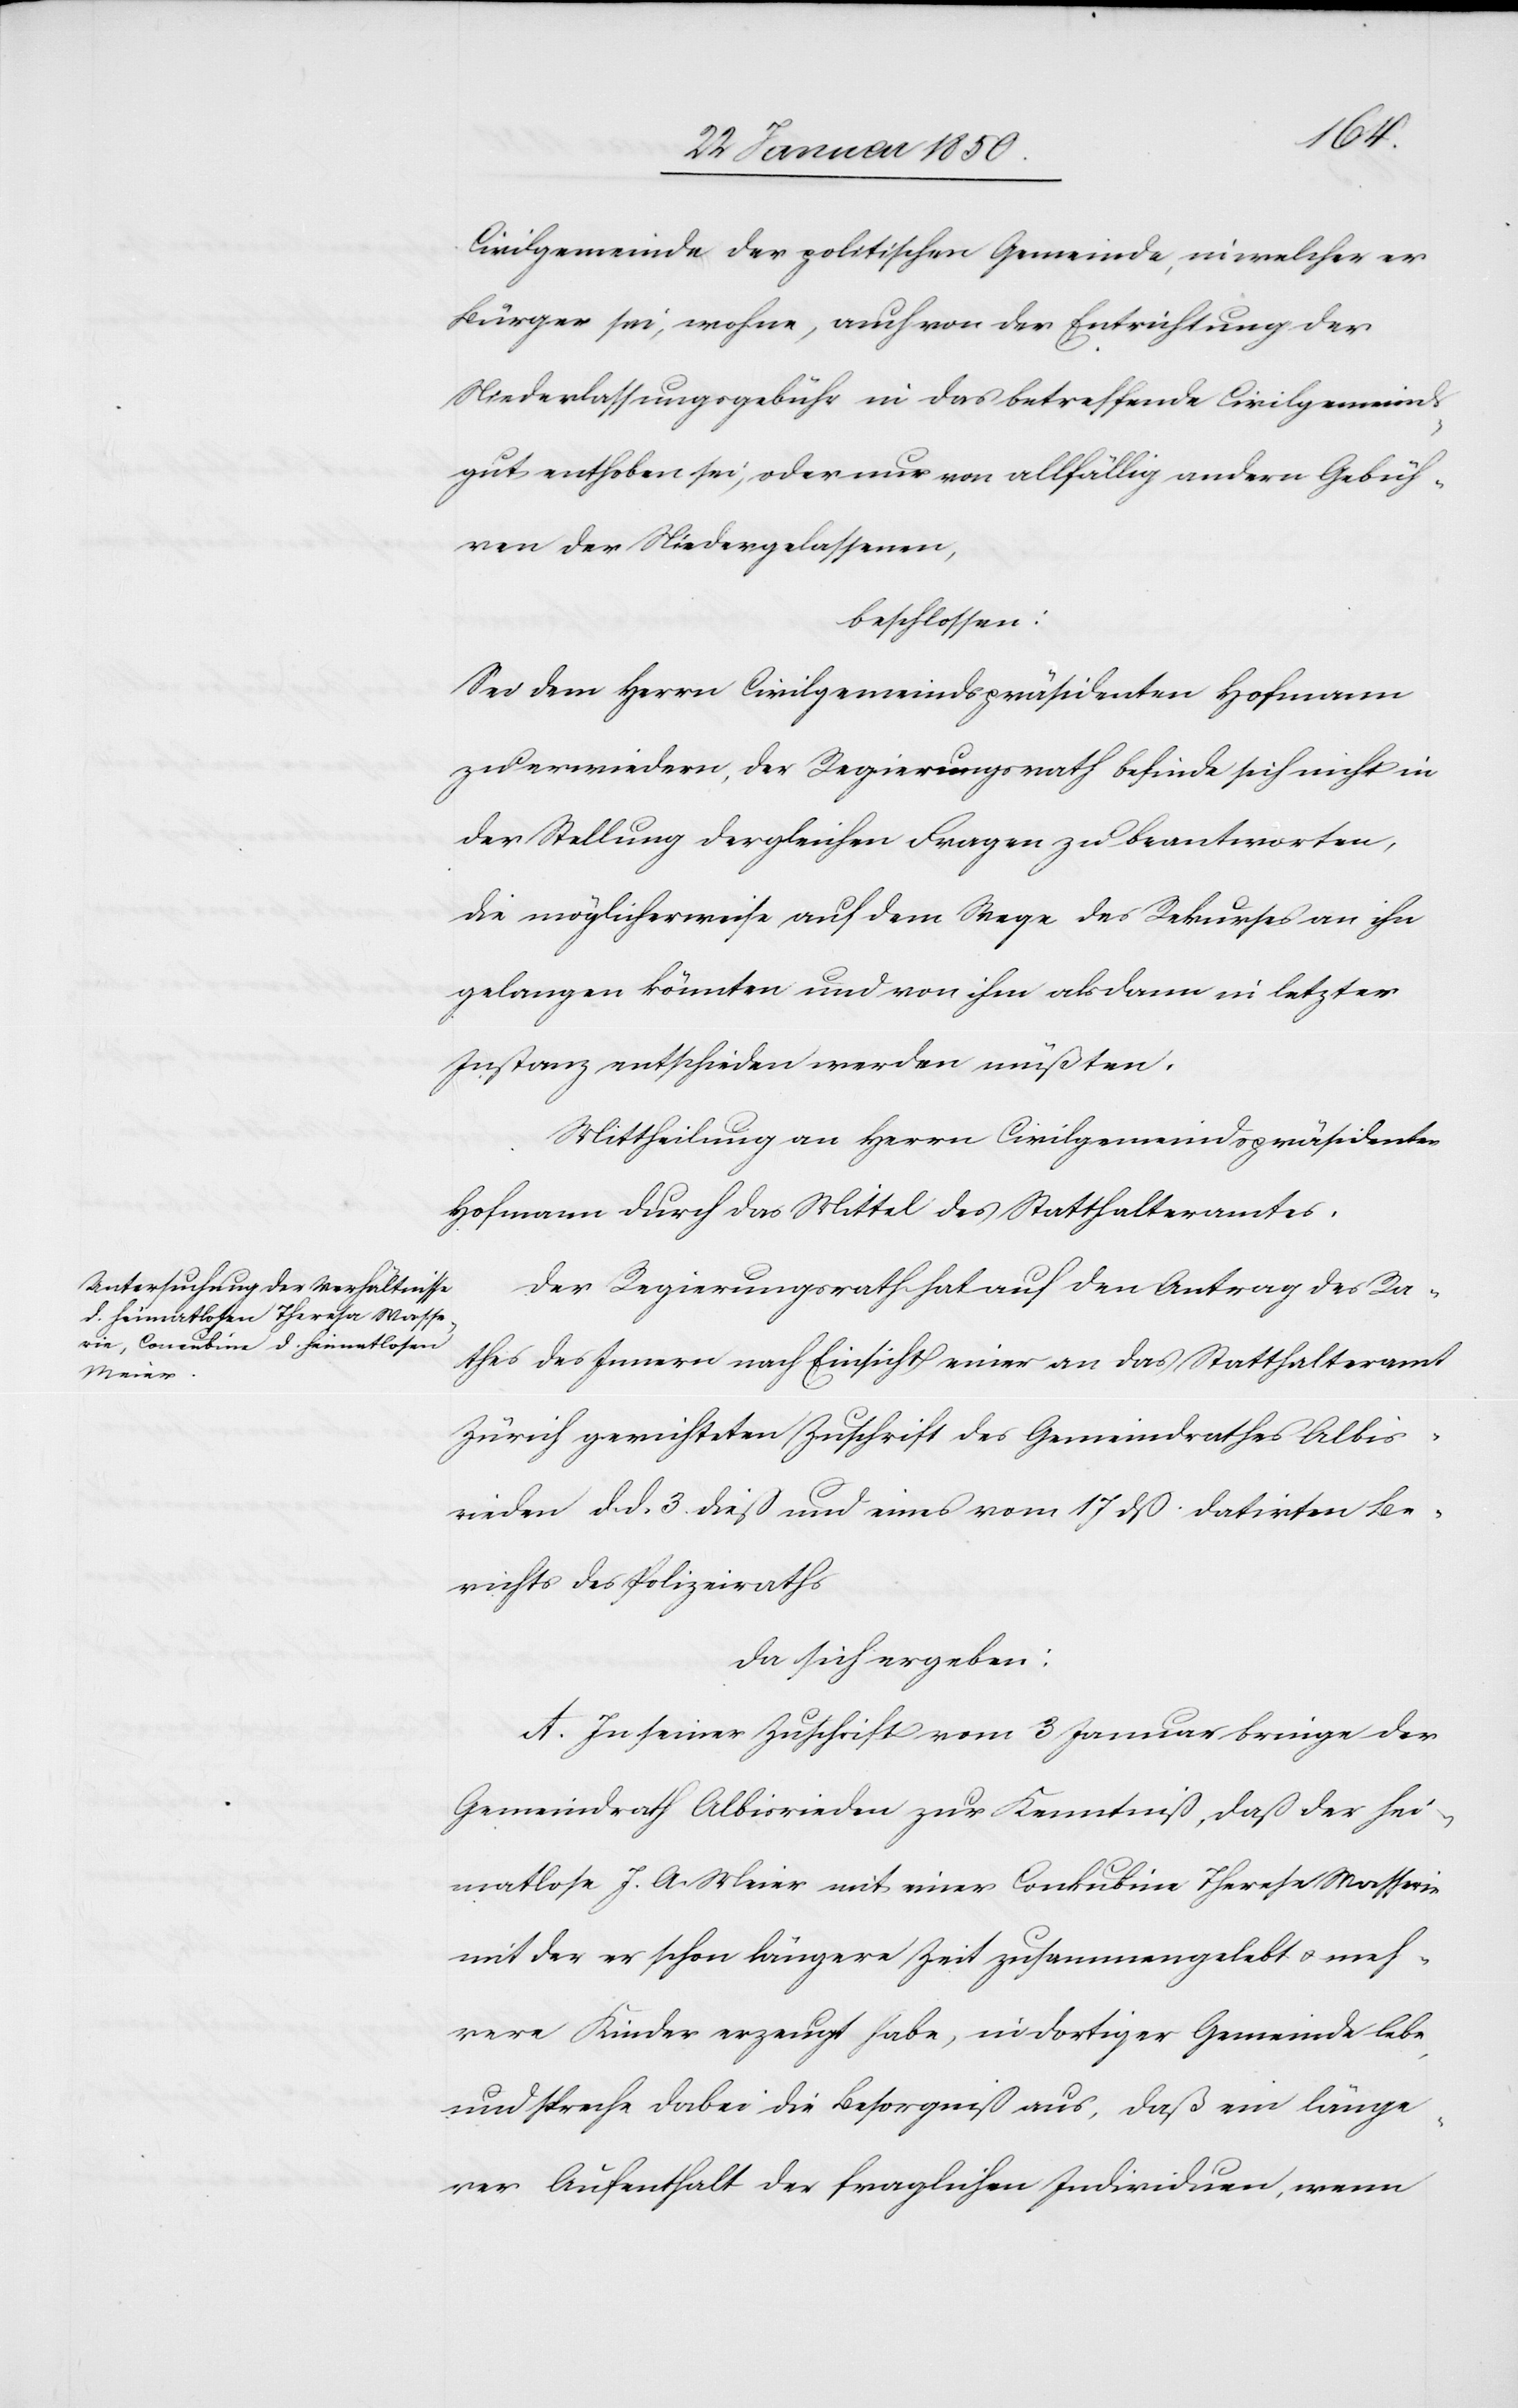
Civilgemeinde der politischen Gemeinde, in welcher er
Bürger sei, wohne, auch von der Entrichtung der
Niederlassungsgebühr in das betreffende Civilgemeinds¬
gut enthoben sei, oder nur von allfällig andern Gebüh¬
ren der Niedergelassenen,
beschlossen:
Sei dem Herrn Civilgemeindspräsidenten Hofmann
zu erwiedern, der Regierungsrath befinde sich nicht in
der Stellung dergleichen Fragen zu beantworten,
die möglicherweise auf dem Wege des Rekurses an ihn
gelangen könnten und von ihm als dann in letzter
Instanz entschieden werden müßten.
Mittheilung an Herrn Civilgemeindspräsidenten
Hofmann durch das Mittel des Statthalteramtes.
Der Regierungsrath hat auf den Antrag des Ra¬
thes des Innern nach Einsicht einer an das Statthalteramt
Zürich gerichteten Zuschrift des Gemeindrathes Albis¬
rieden d. d. 3. dieß und eines vom 17 dß datirten Be¬
richts des Polizeiraths
da sich ergeben:
A. In seiner Zuschrift vom 3 Januar bringe der
Gemeindrath Albisrieden zur Kenntniß, daß der hei¬
matlose J. A. Meier mit einer Conkubine Therese Masserie
mit der er schon längere Zeit zusammengelebt u. meh¬
rere Kinder erzeugt habe, in dortiger Gemeinde lebe
und spreche dabei die Besorgniß aus, daß ein länge¬
rer Aufenthalt der fraglichen Individuen, wenn